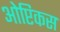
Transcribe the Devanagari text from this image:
ओप्टिकस